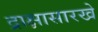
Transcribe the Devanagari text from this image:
द्राक्षासारखे